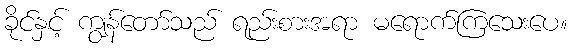
ခိုင်နှင့် ကျွန်တော်သည် ရည်းစားအရာ မရောက်ကြသေးပေ။